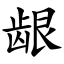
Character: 龈